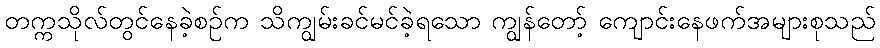
တက္ကသိုလ်တွင်နေခဲ့စဉ်က သိကျွမ်းခင်မင်ခဲ့ရသော ကျွန်တော့် ကျောင်းနေဖက်အများစုသည်